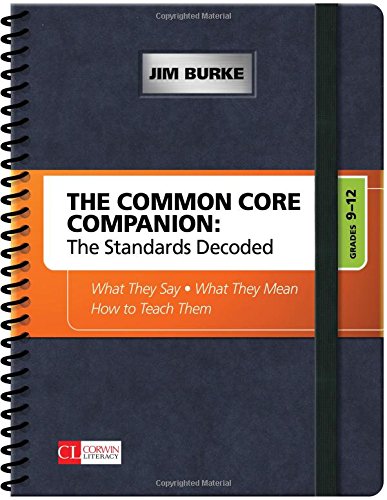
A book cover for The Common Core Companion: The Standards Decoded, Grades 9-12: What They Say, What They Mean, How to Teach Them (Corwin Literacy); Jim Burke; Education & Teaching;